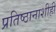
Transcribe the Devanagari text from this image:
प्रतिष्ठानाशीही